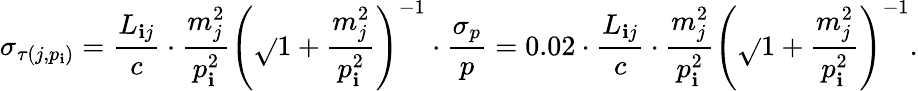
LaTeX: \sigma_{\tau(j,p_{\mathbf{i}})}=\frac{{L_{\mathbf{i}j}}}{{c}}\cdot\frac{{m_{j}^{2}}}{{p_{\mathbf{i}}^{2}}}\left(\sqrt{}{{1+\frac{{m_{j}^{2}}}{{p_{\mathbf{i}}^{2}}}}}\right)^{-1}\cdot\frac{{\sigma_{p}}}{{p}}=0.02\cdot\frac{{L_{\mathbf{i}j}}}{{c}}\cdot\frac{{m_{j}^{2}}}{{p_{\mathbf{i}}^{2}}}\left(\sqrt{}{{1+\frac{{m_{j}^{2}}}{{p_{\mathbf{i}}^{2}}}}}\right)^{-1}.